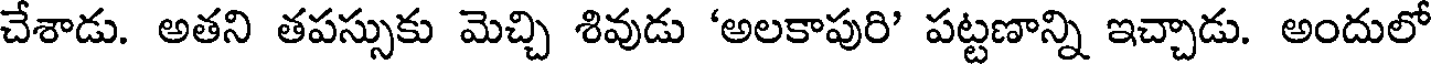
చేశాడు. అతని తపస్సుకు మెచ్చి శివుడు 'అలకాపురి' పట్టణాన్ని ఇచ్చాడు. అందులో